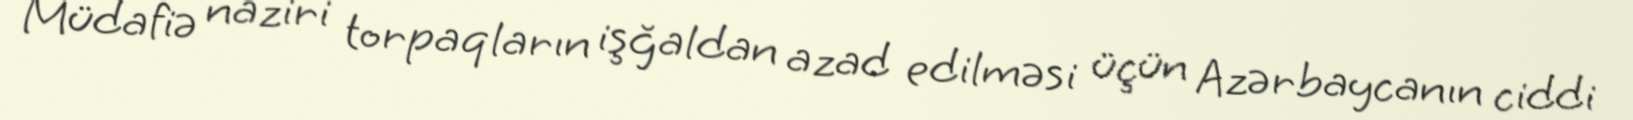
Müdafiə naziri torpaqların işğaldan azad edilməsi üçün Azərbaycanın ciddi